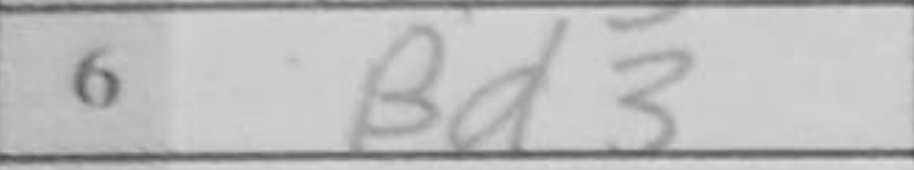
Transcription: Bd3